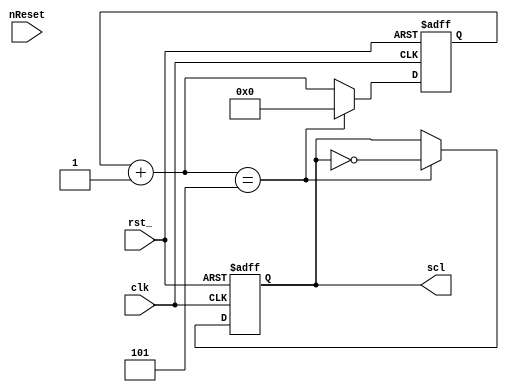
module i2c_sclk_gen (
	input clk,
	input rst_,
	input nReset,
	output scl
);

reg [5:0]  cnt_ff,cnt_d;
reg scl_d, scl_ff;

assign scl = scl_ff;

always @ (*)
     begin
	scl_d = scl_ff;
	cnt_d = cnt_ff + 1;
	if (cnt_d == 6'd5)
	  begin
	     scl_d = ~scl_d;
	     cnt_d = 6'd0;	  
	  end
     end

always @ (posedge clk, negedge rst_)
     begin
	if(!rst_)
	  begin
	     scl_ff <= 1'b1;
	     cnt_ff <= 6'd0;
	  end
	else
	  begin
	     scl_ff <= scl_d;
	     cnt_ff <= cnt_d;
	  end
     end
endmodule